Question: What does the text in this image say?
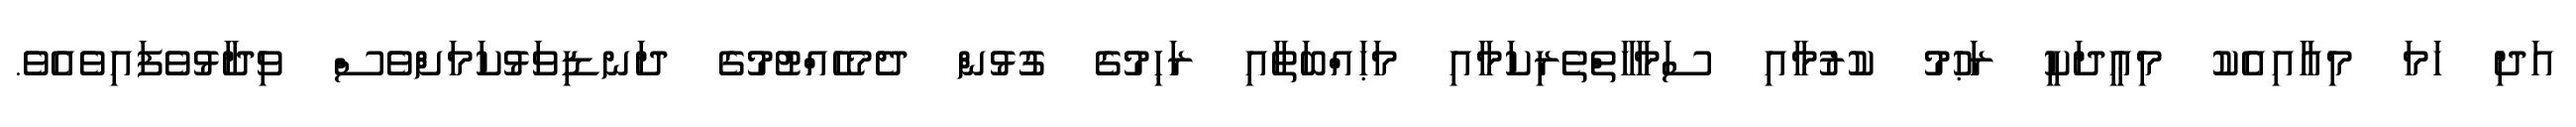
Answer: އަދި ހަމަ މިއާއިއެކު މިޢީދަކީ ރަޙުމު ކުރުމާއި ސަމާހާތްތެރިކަމާއި މަޙައްބަތާއި ރަޙިމުގެ ގުޅުން ދެމެހެއްޓުމުގެ ދަނޑިވަޅުކަމަށްވެސް ވިދާޅުވެފައިވެއެވެ.